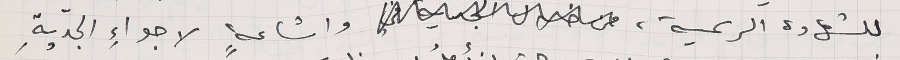
للشهادة الرسمية، واشاعةٍ لاجواءِ الجدّيةِ